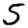
Digit: 5